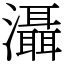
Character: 灄